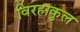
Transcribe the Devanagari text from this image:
विरहाकुल